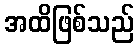
အထိဖြစ်သည်